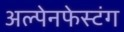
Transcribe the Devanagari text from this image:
अल्पेनफेस्टंग